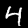
Label: 4